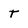
Character: t